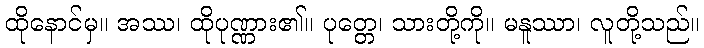
ထိုနောင်မှ။ အဿ၊ ထိုပုဏ္ဏား၏။ ပုတ္တေ၊ သားတို့ကို။ မနူဿာ၊ လူတို့သည်။